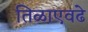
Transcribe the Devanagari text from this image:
तिळाएवढे